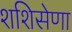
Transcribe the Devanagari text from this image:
शशिसेणा